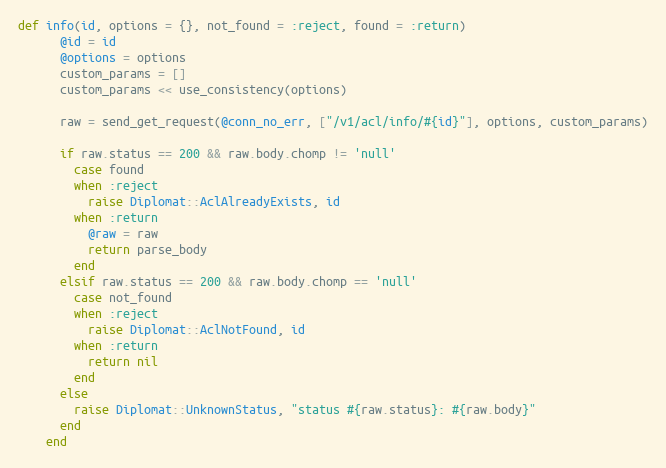
Language: Ruby
def info(id, options = {}, not_found = :reject, found = :return)
      @id = id
      @options = options
      custom_params = []
      custom_params << use_consistency(options)

      raw = send_get_request(@conn_no_err, ["/v1/acl/info/#{id}"], options, custom_params)

      if raw.status == 200 && raw.body.chomp != 'null'
        case found
        when :reject
          raise Diplomat::AclAlreadyExists, id
        when :return
          @raw = raw
          return parse_body
        end
      elsif raw.status == 200 && raw.body.chomp == 'null'
        case not_found
        when :reject
          raise Diplomat::AclNotFound, id
        when :return
          return nil
        end
      else
        raise Diplomat::UnknownStatus, "status #{raw.status}: #{raw.body}"
      end
    end